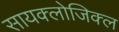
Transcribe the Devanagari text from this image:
सायक्लोजिक्ल